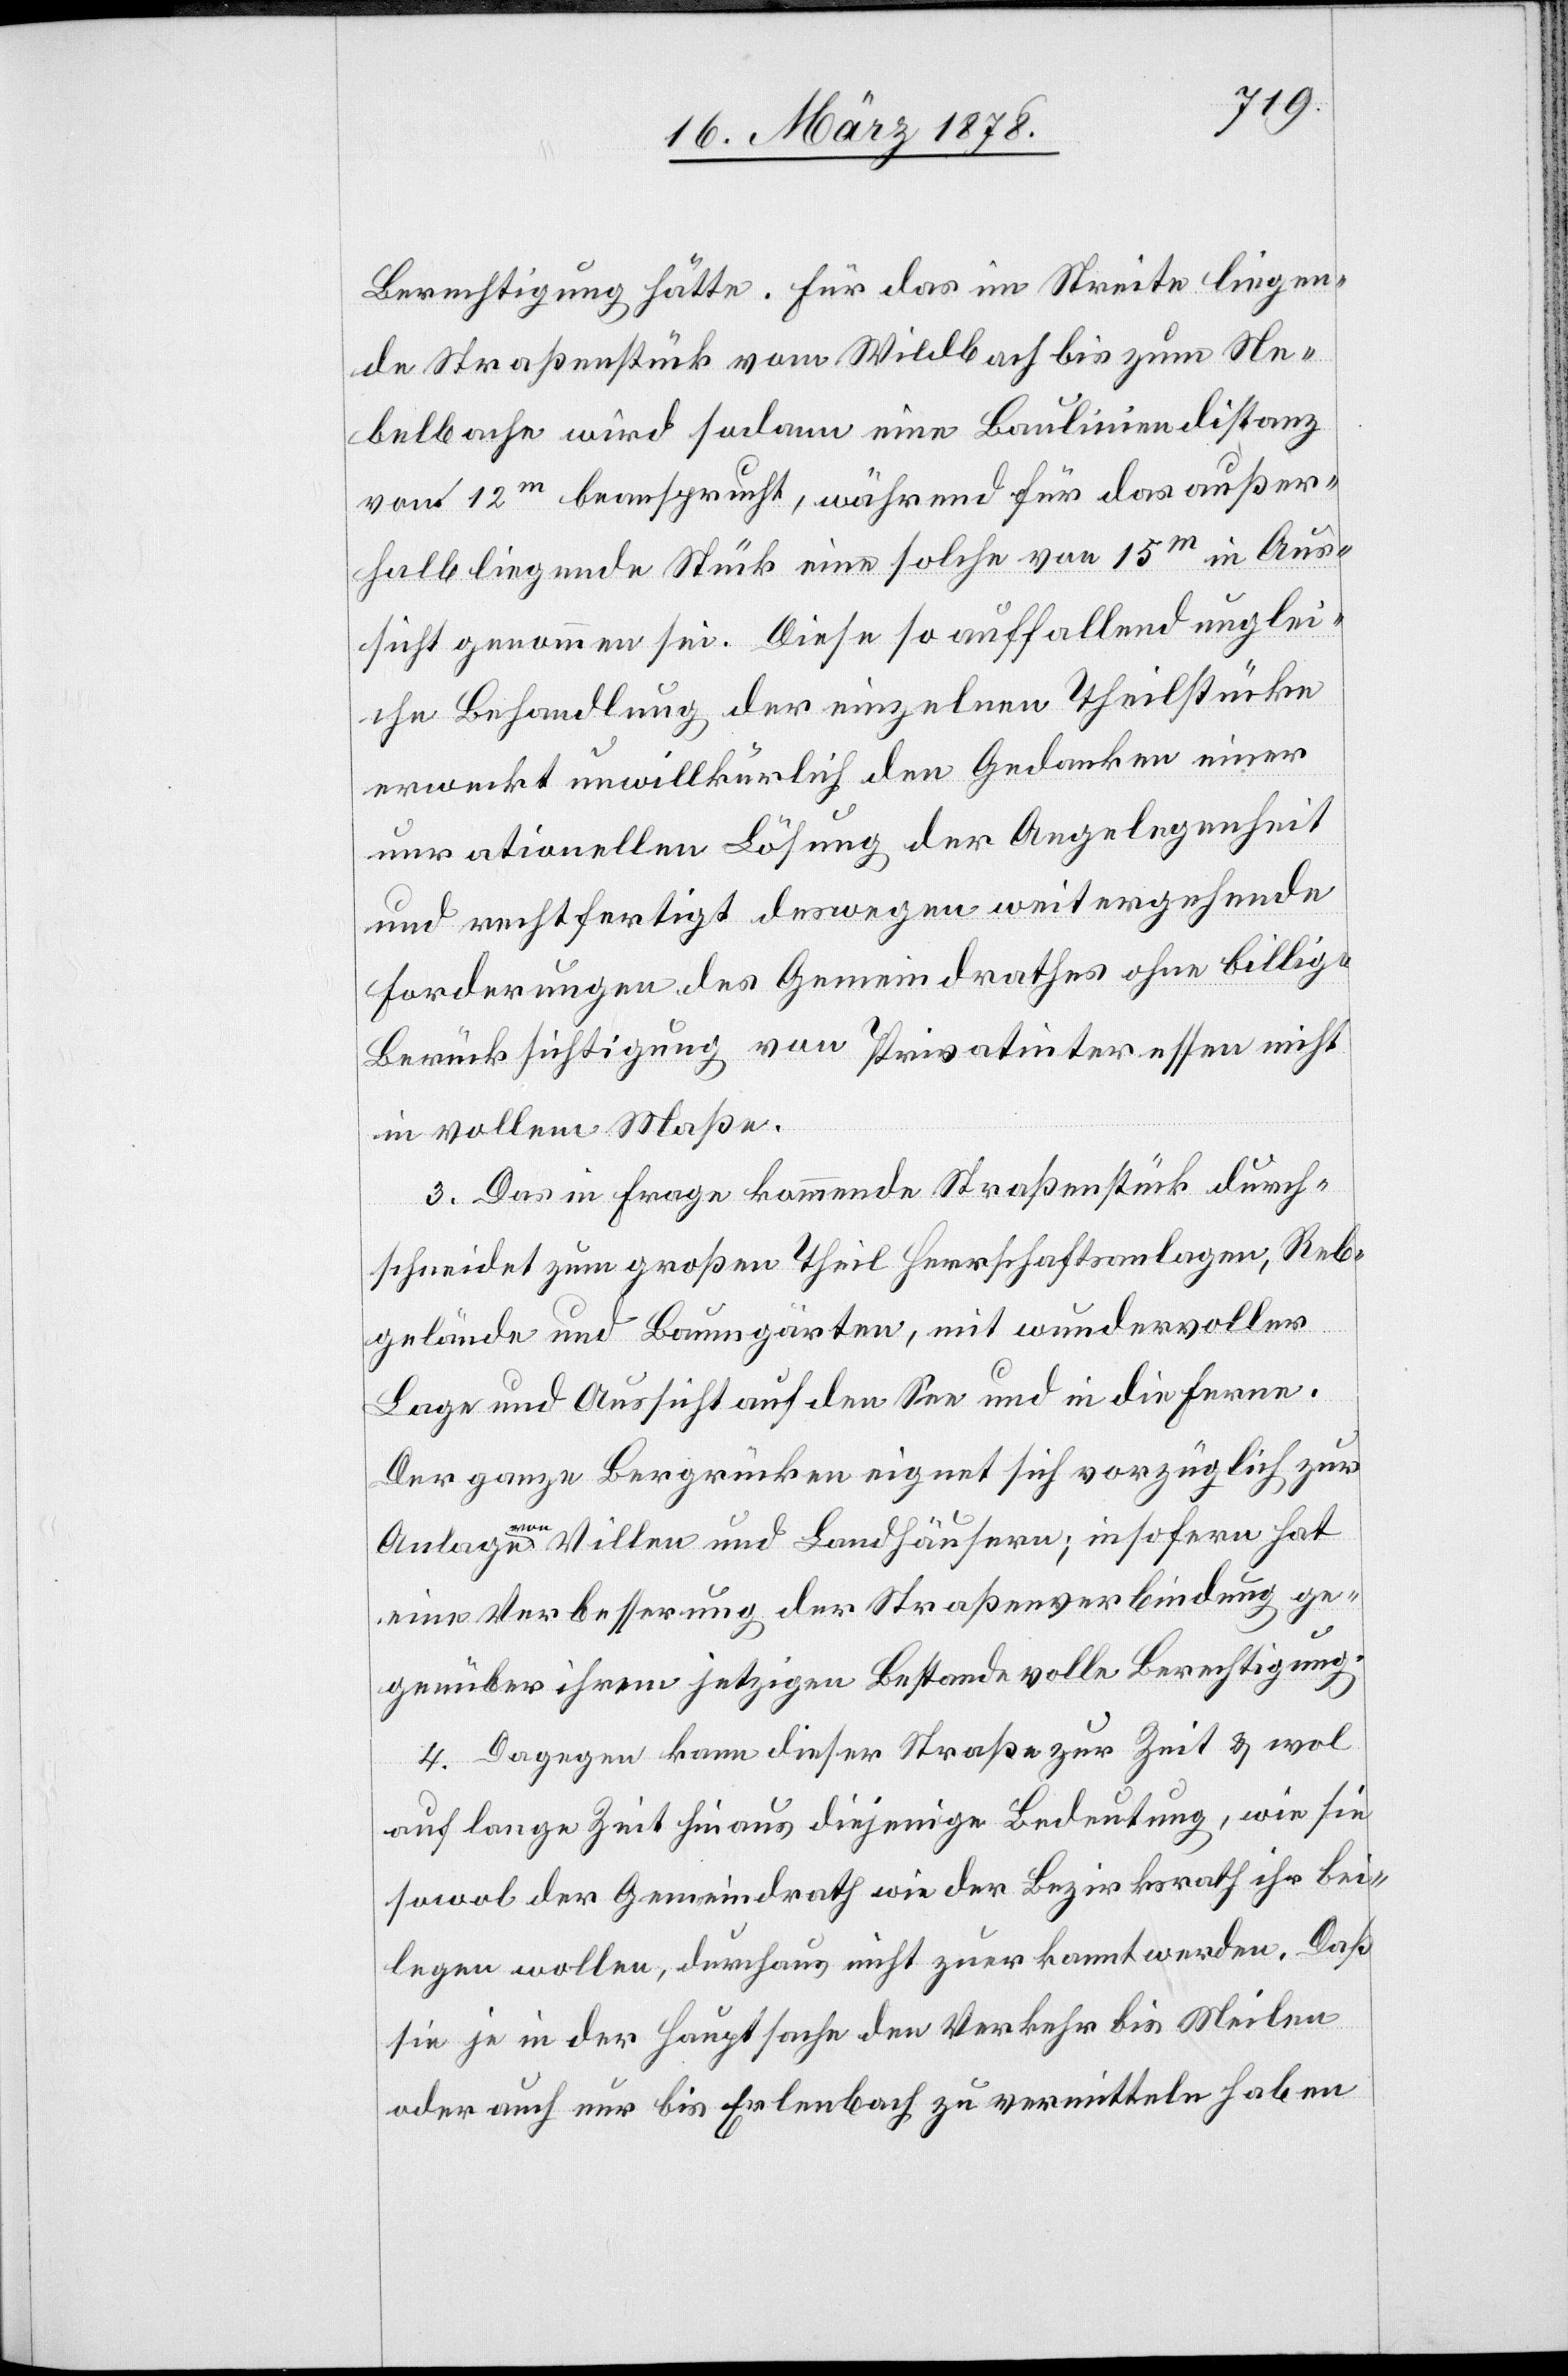
Berechtigung hätte. Für das im Streite liegen¬
de Straßenstück vom Wildbach bis zum Ne¬
belbache wird sodann eine Bauliniendistanz
von 12m beansprucht, während von 15m in Aus¬
sicht genommen sei. Diese so auffallend unglei¬
che Behandlung der einzelnen Theilstücke
erweckt unwillkürlich den Gedanken einer
unrationellen Lösung der Angelegenheit
und rechtfertigt deswegen weitergehende
Forderungen des Gemeindrathes ohne billige
Berücksichtigung von Privatinteressen nicht
in vollem Maße.
3. Das in Frage kommende Straßenstück durch¬
schneidet zum großen Theil Herrschaftsanlagen, Reb¬
gelände und Baumgärten, mit wundervoller
Lage und Aussicht auf den See und in die Ferne.
Der ganze Bergrücken eignet sich vorzüglich zur
Anlage von Villen und Landhäusern; insofern hat
eine Verbesserung der Straßenverbindung ge¬
genüber ihrem jetzigen Bestande volle Berechtigung.
4. Dagegen kann dieser Straße zur Zeit & wol
auf lange Zeit hinaus diejenige Bedeutung, wie sie
sowol der Gemeindrath wie der Bezirksrath ihr bei¬
legen wollen, durchaus nicht zuerkannt werden. Daß
sie je in der Hauptsache den Verkehr bis Meilen
oder auch nur bis Erlenbach zu vermitteln haben